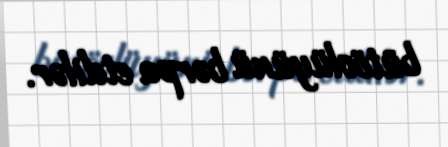
bütövlüyünü bərpa etdilər.